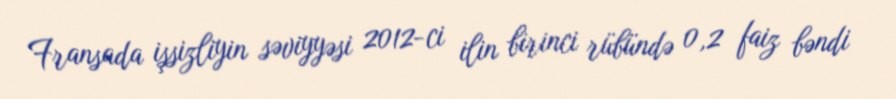
Fransada işsizliyin səviyyəsi 2012-ci ilin birinci rübündə 0,2 faiz bəndi